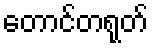
တောင်တရုတ်